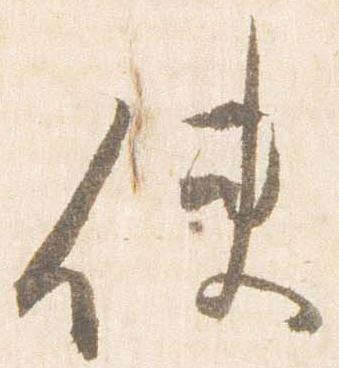
使